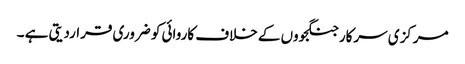
مرکزی سرکار جنگجووں کے خلاف کاروائی کو ضروری قراردیتی ہے ۔